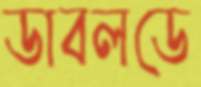
ডাবলডে